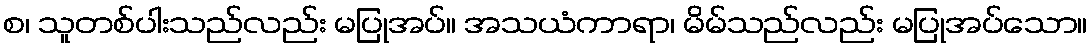
စ၊ သူတစ်ပါးသည်လည်း မပြုအပ်။ အသယံကာရာ၊ မိမ်သည်လည်း မပြုအပ်သော။